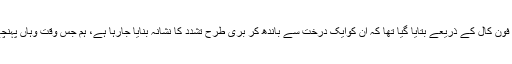
اس کا کہنا تھا کہ 'انھیں ایک فون کال کے ذریعے بتایا گیا تھا کہ ان کوایک درخت سے باندھ کر بری طرح تشدد کا نشانہ بنایا جارہا ہے، ہم جس وقت وہاں پہنچے ان پر تشدد کیا جاچکا تھا'۔